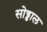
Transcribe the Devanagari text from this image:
सोड्ढाल